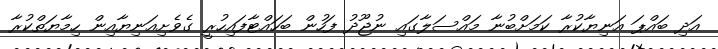
އަދި ބައްޕަ އަނިޔާކުރާ ކަމަށްބުނާ މައްސަލާގައި ނުޖޫދު ފަހުން ބަހައްޓާފައިހުރީ ގެވެށިއަނިޔާއިން ހިމާޔަތްކުރާ